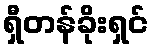
ရှီတန်ခိုးရှင်